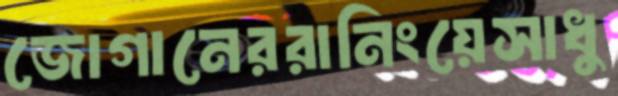
জোগানেররানিংয়েসাধু